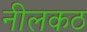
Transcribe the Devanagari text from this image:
नीलकठ